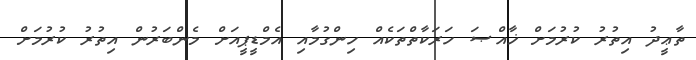
ތާޢީދު އިތުރު ކުރުމަށް ޚާއްޞަ ހަރަކާތްތަކެއް ހިންގުމާއި އެމްޑީޕީއަށް މެންބަރުން އިތުރު ކުރުމަށް